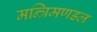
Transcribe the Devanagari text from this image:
मन्त्रिमणडल